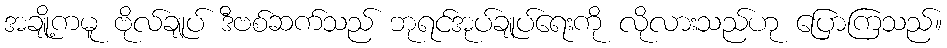
အချို့ကမူ ဗိုလ်ချုပ် ဒီဗစ်ဆက်သည် ဘုရင်အုပ်ချုပ်ရေးကို လိုလားသည်ဟု ပြောကြသည်။